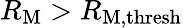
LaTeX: R_{\mathrm{M}}>R_{\mathrm{M},\mathrm{thresh}}